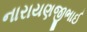
નારાયણજીભાઈ